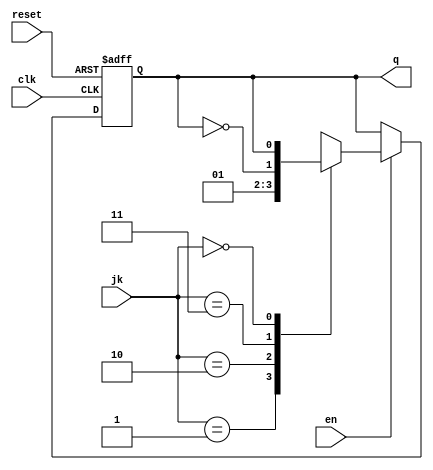
`timescale 1ns / 1ps
//////////////////////////////////////////////////////////////////////////////////
// Company: 
// 
// Design Name: 
// Module Name: JKFF_s
// Project Name: 
// Target Devices: 
// Tool Versions: 
// Description: JK Flip FLop with enable and async reset 
// 
// Dependencies: 
// 
// Revision:
// Revision 0.01 - File Created
// Additional Comments:
// 
//////////////////////////////////////////////////////////////////////////////////


module JKFF_s(q, jk, en, reset, clk);

    output reg q; 

    input [1:0] jk;
    input en, reset, clk;

    always @(posedge clk, posedge reset) begin
         if (reset) 
                q = 1'b0;                   //async reset 
        else begin
            if(en) 
                case (jk)
                    2'b01 : q = 1'b0;       //Reset
                    2'b10 : q = 1'b1;       //Set
                    2'b11 : q = ~q;         //Toggle 
                    2'b00 : q = q;          //Hold 
                endcase
        end
    end

endmodule